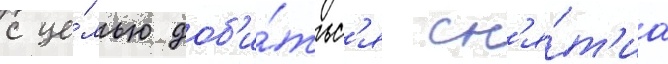
с це́лью доб'и́тьс'я сн'я́т'иа